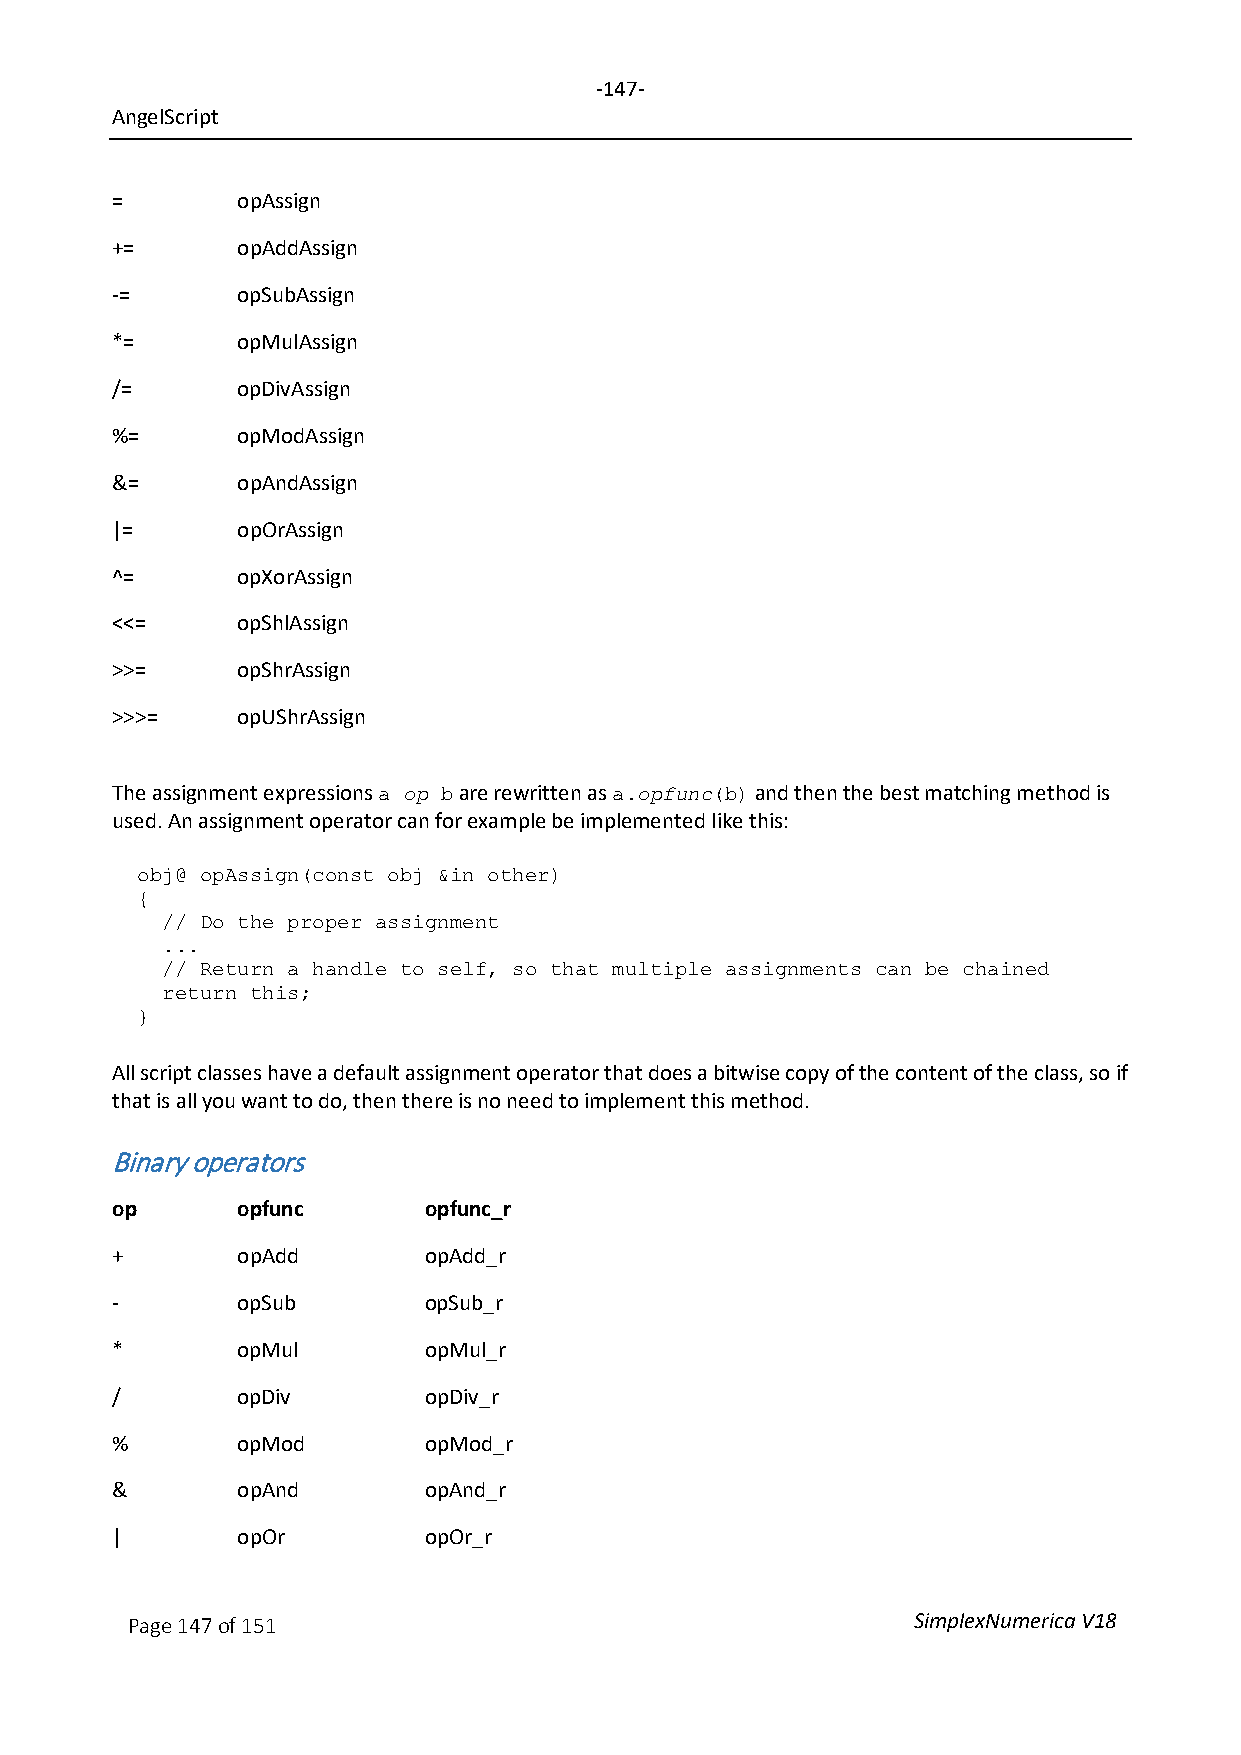
-147-
 AngelScript
 =        opAssign
 +=       opAddAssign
 -=       opSubAssign
 *=       opMulAssign
 /=       opDivAssign
 %=       opModAssign
 &=       opAndAssign
 |=       opOrAssign
 ^=       opXorAssign
 <<=      opShlAssign
 >>=      opShrAssign
 >>>=     opUShrAssign
 The assignment expressions op are rewritten as opfunc and then the best matching method is
 a   b           a.    (b)
 used. An assignment operator can for example be implemented like this:
 obj@ opAssign(const obj &in other)
 {
 // Do the proper assignment
 ...
 // Return a handle to self, so that multiple assignments can be chained
 return this;
 }
 All script classes have a default assignment operator that does a bitwise copy of the content of the class, so if
 that is all you want to do, then there is no need to implement this method.
 Binary operators
 op       opfunc      opfunc_r
 +        opAdd       opAdd_r
 -        opSub       opSub_r
 *        opMul       opMul_r
 /        opDiv       opDiv_r
 %        opMod       opMod_r
 &        opAnd       opAnd_r
 |        opOr        opOr_r
 Page 147 of 151                                     SimplexNumerica V18